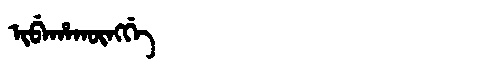
Manchu: ᡳᠪᡝᡥᠠᡴᡡᠩᡤᡝ
Romanization: IBEHAKŪNGGE